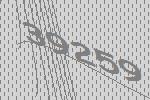
39259